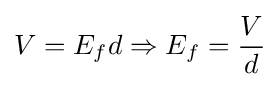
V=E_{f}d\Rightarrow E_{f}={\frac {V}{d}}